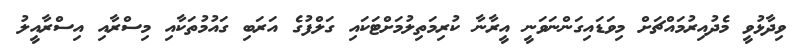
ވިދާޅުވީ މެދުއިރުމައްޗަށް މިވަޑައިގަންނަވަނީ އީރާނާ ކުރިމަތިލުމަށްޓަކައި ގަލްފުގެ އަރަބި ގައުމުތަކާއި މިސްރާއި އިސްރާއީލު